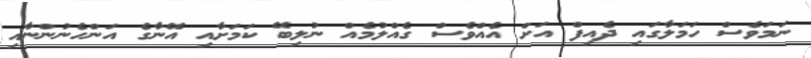
ނަމަވެސް ހަމަލާގައި ދެއިފް އަށް އެއްވެސް ގެއްލުމެއް ނުލިބޭ ކަމަށާއި އޭނާގެ އަންހެނުންނާއި